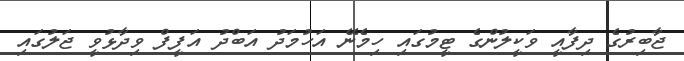
ޖާބިރުގެ ދިފާއީ ވަކީލުންގެ ޓީމުގައި ހިމެނޭ އަހުމަދު އަބްދު އަފީފް ވިދާޅުވީ ޖަލުގައި